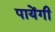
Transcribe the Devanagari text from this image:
पायेंगी